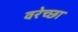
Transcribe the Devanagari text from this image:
वरेच्छा